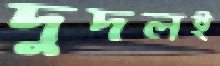
দুদলই